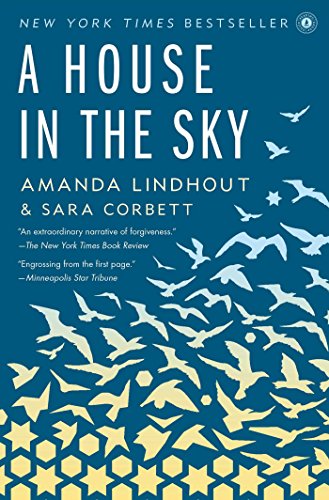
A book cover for A House in the Sky: A Memoir; Amanda Lindhout; Biographies & Memoirs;